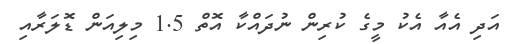
އަދި އެއާ އެކު މީގެ ކުރިން ނުދައްކާ އޮތް 1.5 މިލިއަން ޑޮލަރާއި